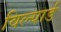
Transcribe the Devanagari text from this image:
विल्यार्ड